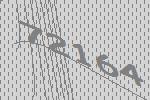
72164